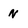
Character: n